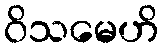
ဝိသမေဟိ